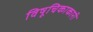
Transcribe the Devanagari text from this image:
विषूचिकाकारी